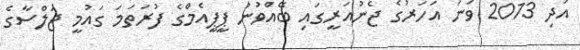
އަދި 2013 ވަނަ އަހަރުގެ ޖެނުއަރީގައި ބޭއްވުނު ޕީޕީއެމްގެ ފުރަތަމަ ގައުމީ ޖަލްސާގެ